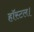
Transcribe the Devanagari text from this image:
हॉस्टल।